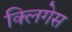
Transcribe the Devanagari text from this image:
क्लिगेस